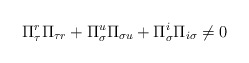
\begin{align*}\Pi ^{r}_{\tau }\Pi _{\tau r}+\Pi ^{u}_{\sigma }\Pi _{\sigma u}+\Pi ^{i}_{\sigma }\Pi _{i\sigma }\neq 0\end{align*}